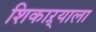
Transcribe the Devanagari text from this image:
शिकाऱ्याला